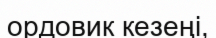
ордовик кезеңі,